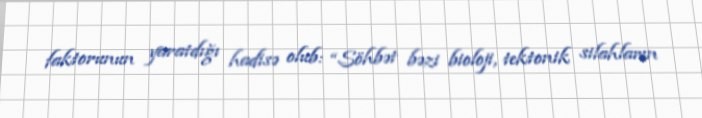
faktorunun yaratdığı hadisə olub: “Söhbət bəzi bioloji, tektonik silahların